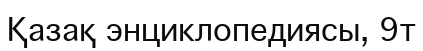
Қазақ энциклопедиясы, 9т